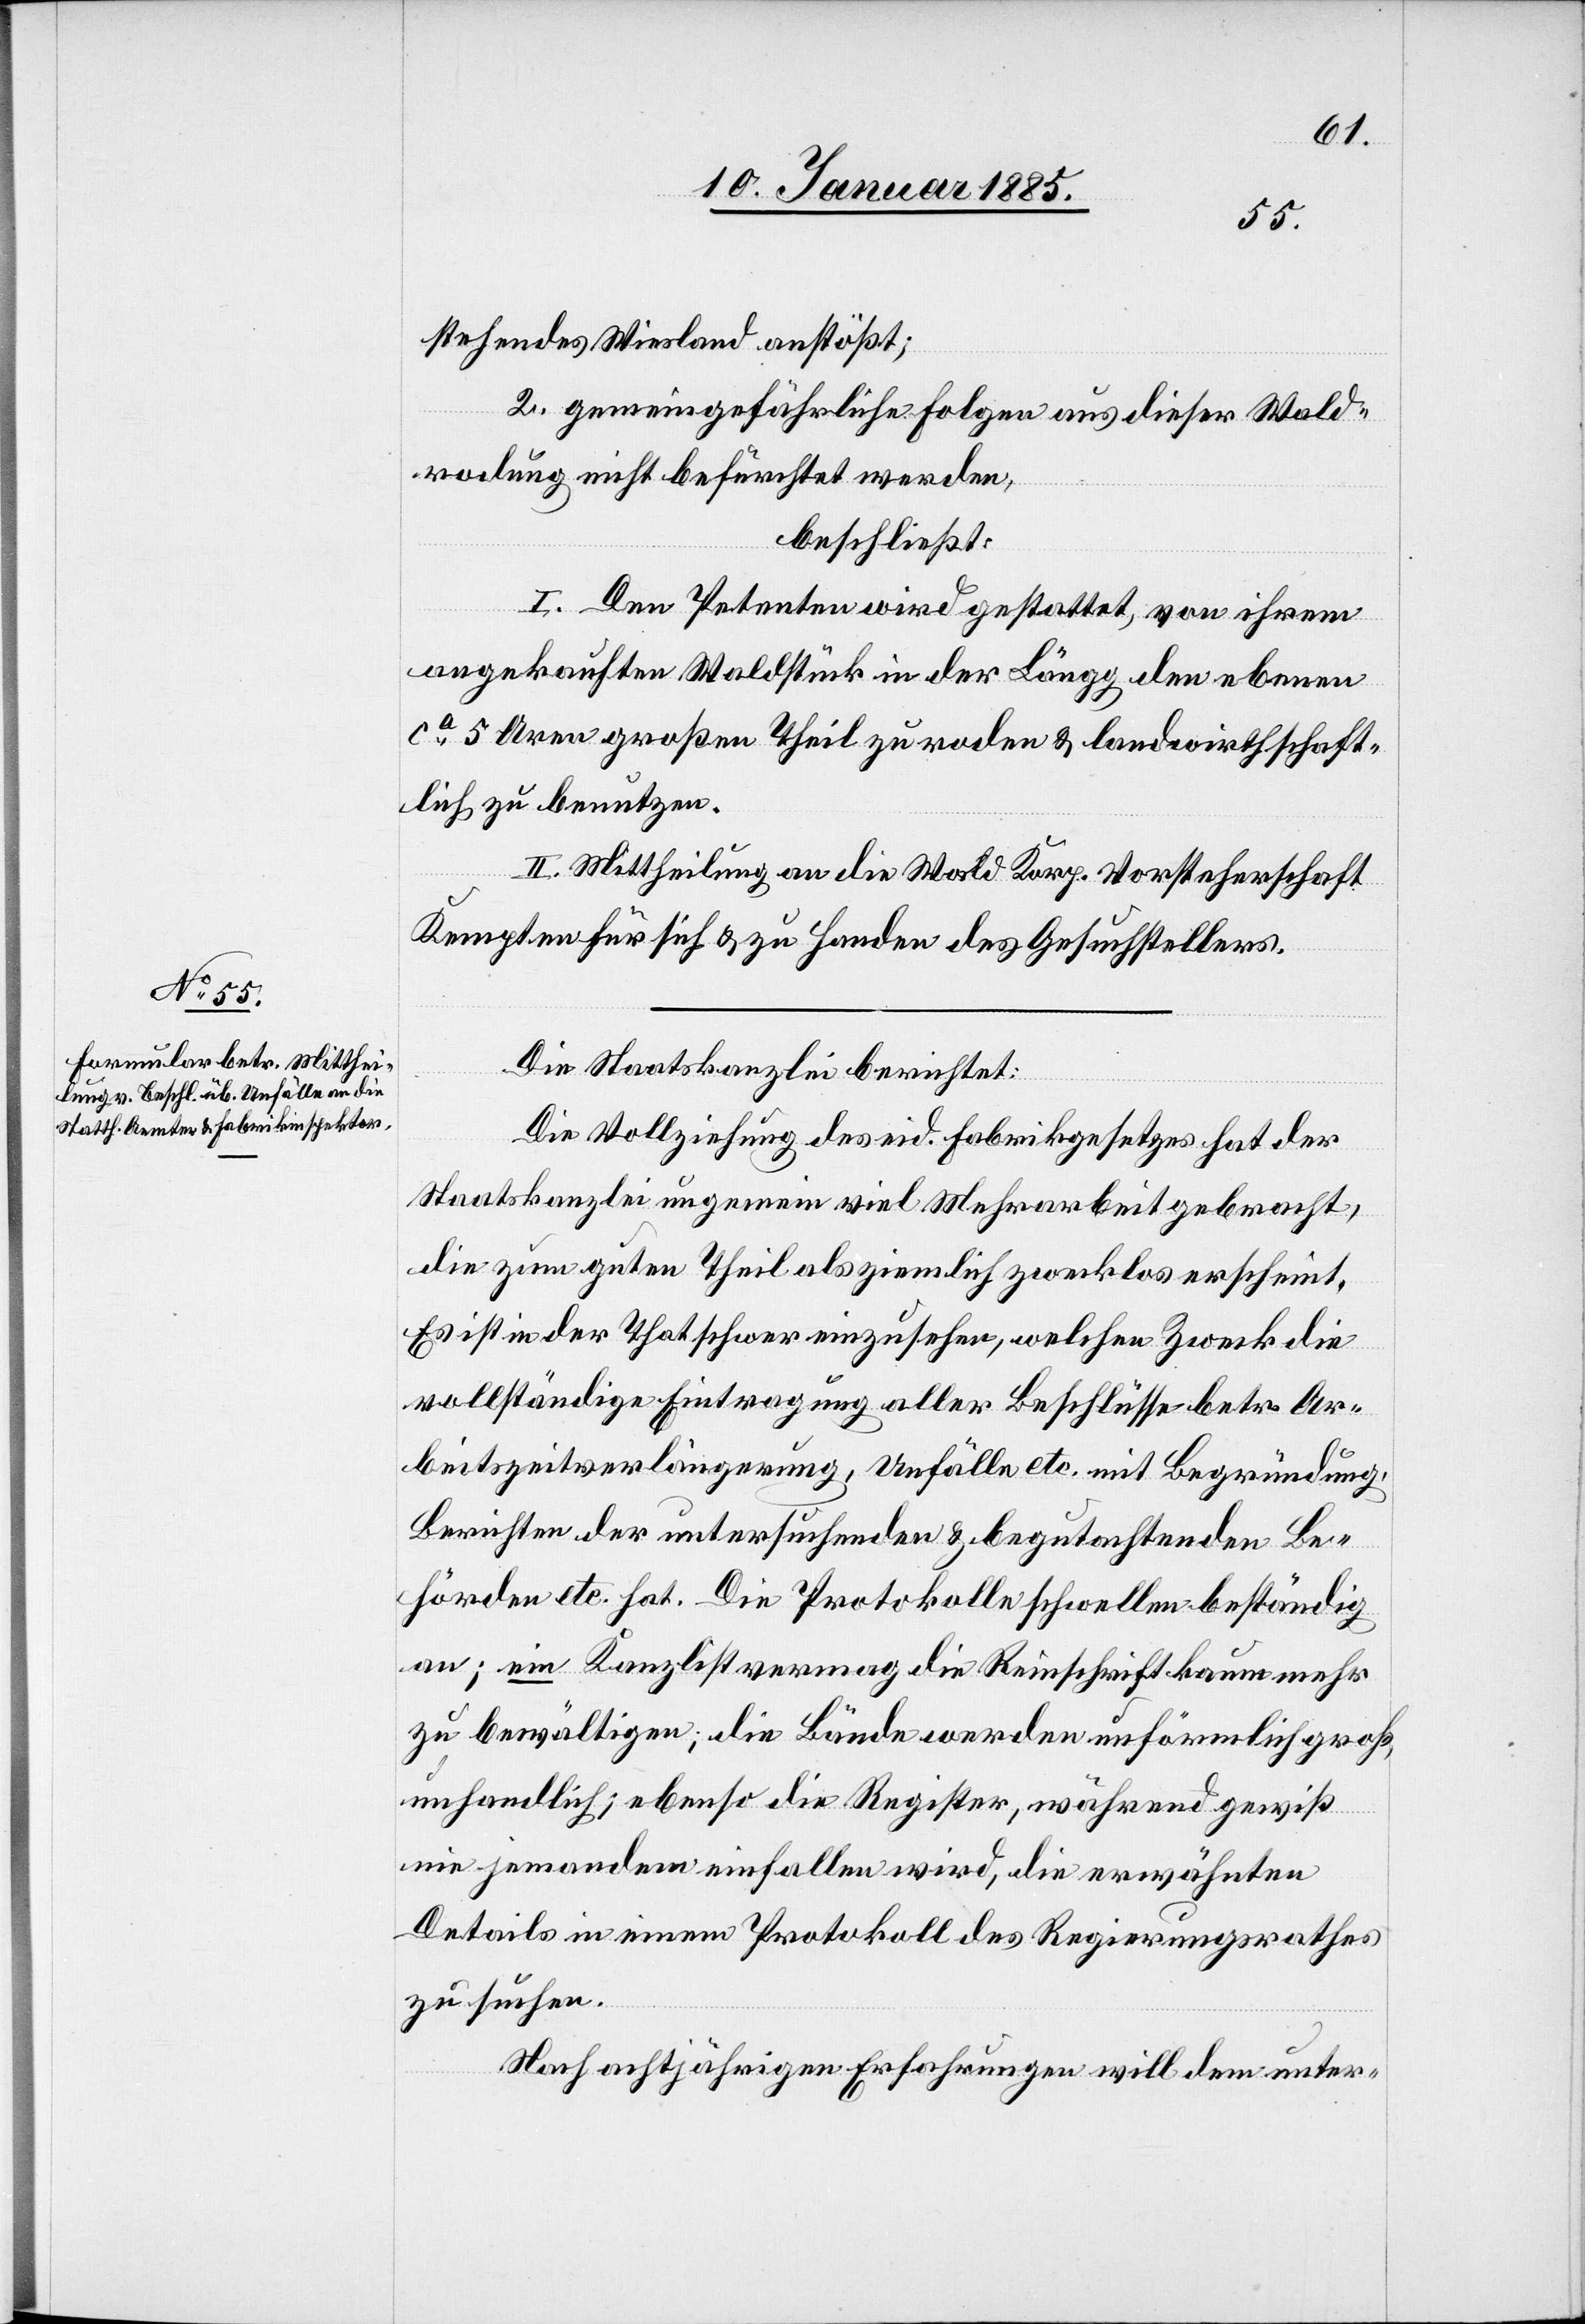
stehendes Wiesland anstößt;
2. gemeingefährliche Folgen aus dieser Wald¬
rodung nicht befürchtet werden,
beschließt:
I. Den Petenten wird gestattet, von ihrem
angekauften Waldstück in der Längg, den ebenen
ca 5 Aren großen Theil zu roden & landwirthschaft¬
lich zu benutzen.
II. Mittheilung an die Wald Korp. Vorsteherschaft
Kempten für sich & zu Handen des Gesuchstellers.
Die Staatskanzlei berichtet:
Die Vollziehung des eid. Fabrikgesetzes hat der
Staatskanzlei ungemein viel Mehrarbeit gebracht,
die zum guten Theil als ziemlich zwecklos erscheint.
Es ist in der That schwer einzusehen, welchen Zweck die
vollständige Eintragung aller Beschlüsse betr. Ar¬
beitszeitverlängerung, Unfälle etc. mit Begründung,
Berichten der untersuchenden & begutachtenden Be¬
hörden etc. hat. Die Protokolle schwellen beständig
an; ein Kanzlist vermag die Reinschrift kaum mehr
zu bewältigen; die Bände werden unförmlich groß,
unhandlich; ebenso die Register, während gewiß
nie jemandem einfallen wird, die erwähnten
Details in einem Protokoll des Regierungsrathes
zu suchen.
Nach achtjährigen Erfahrungen will dem unter-